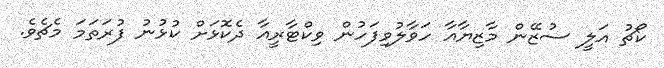
ކޯޗު އަލީ ސުޒޭން މާޒިޔާއާ ހަވާލުވިފަހުން ވިކްޓާރީއާ ދެކޮޅަށް ކުޅުނު ފުރަތަމަ މެޗެވެ.